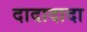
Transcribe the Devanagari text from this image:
दादादादा